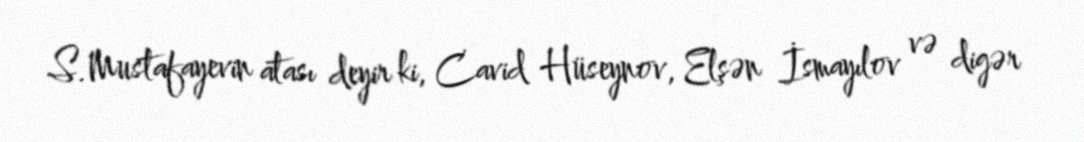
S.Mustafayevin atası deyir ki, Cavid Hüseynov, Elşən İsmayılov və digər